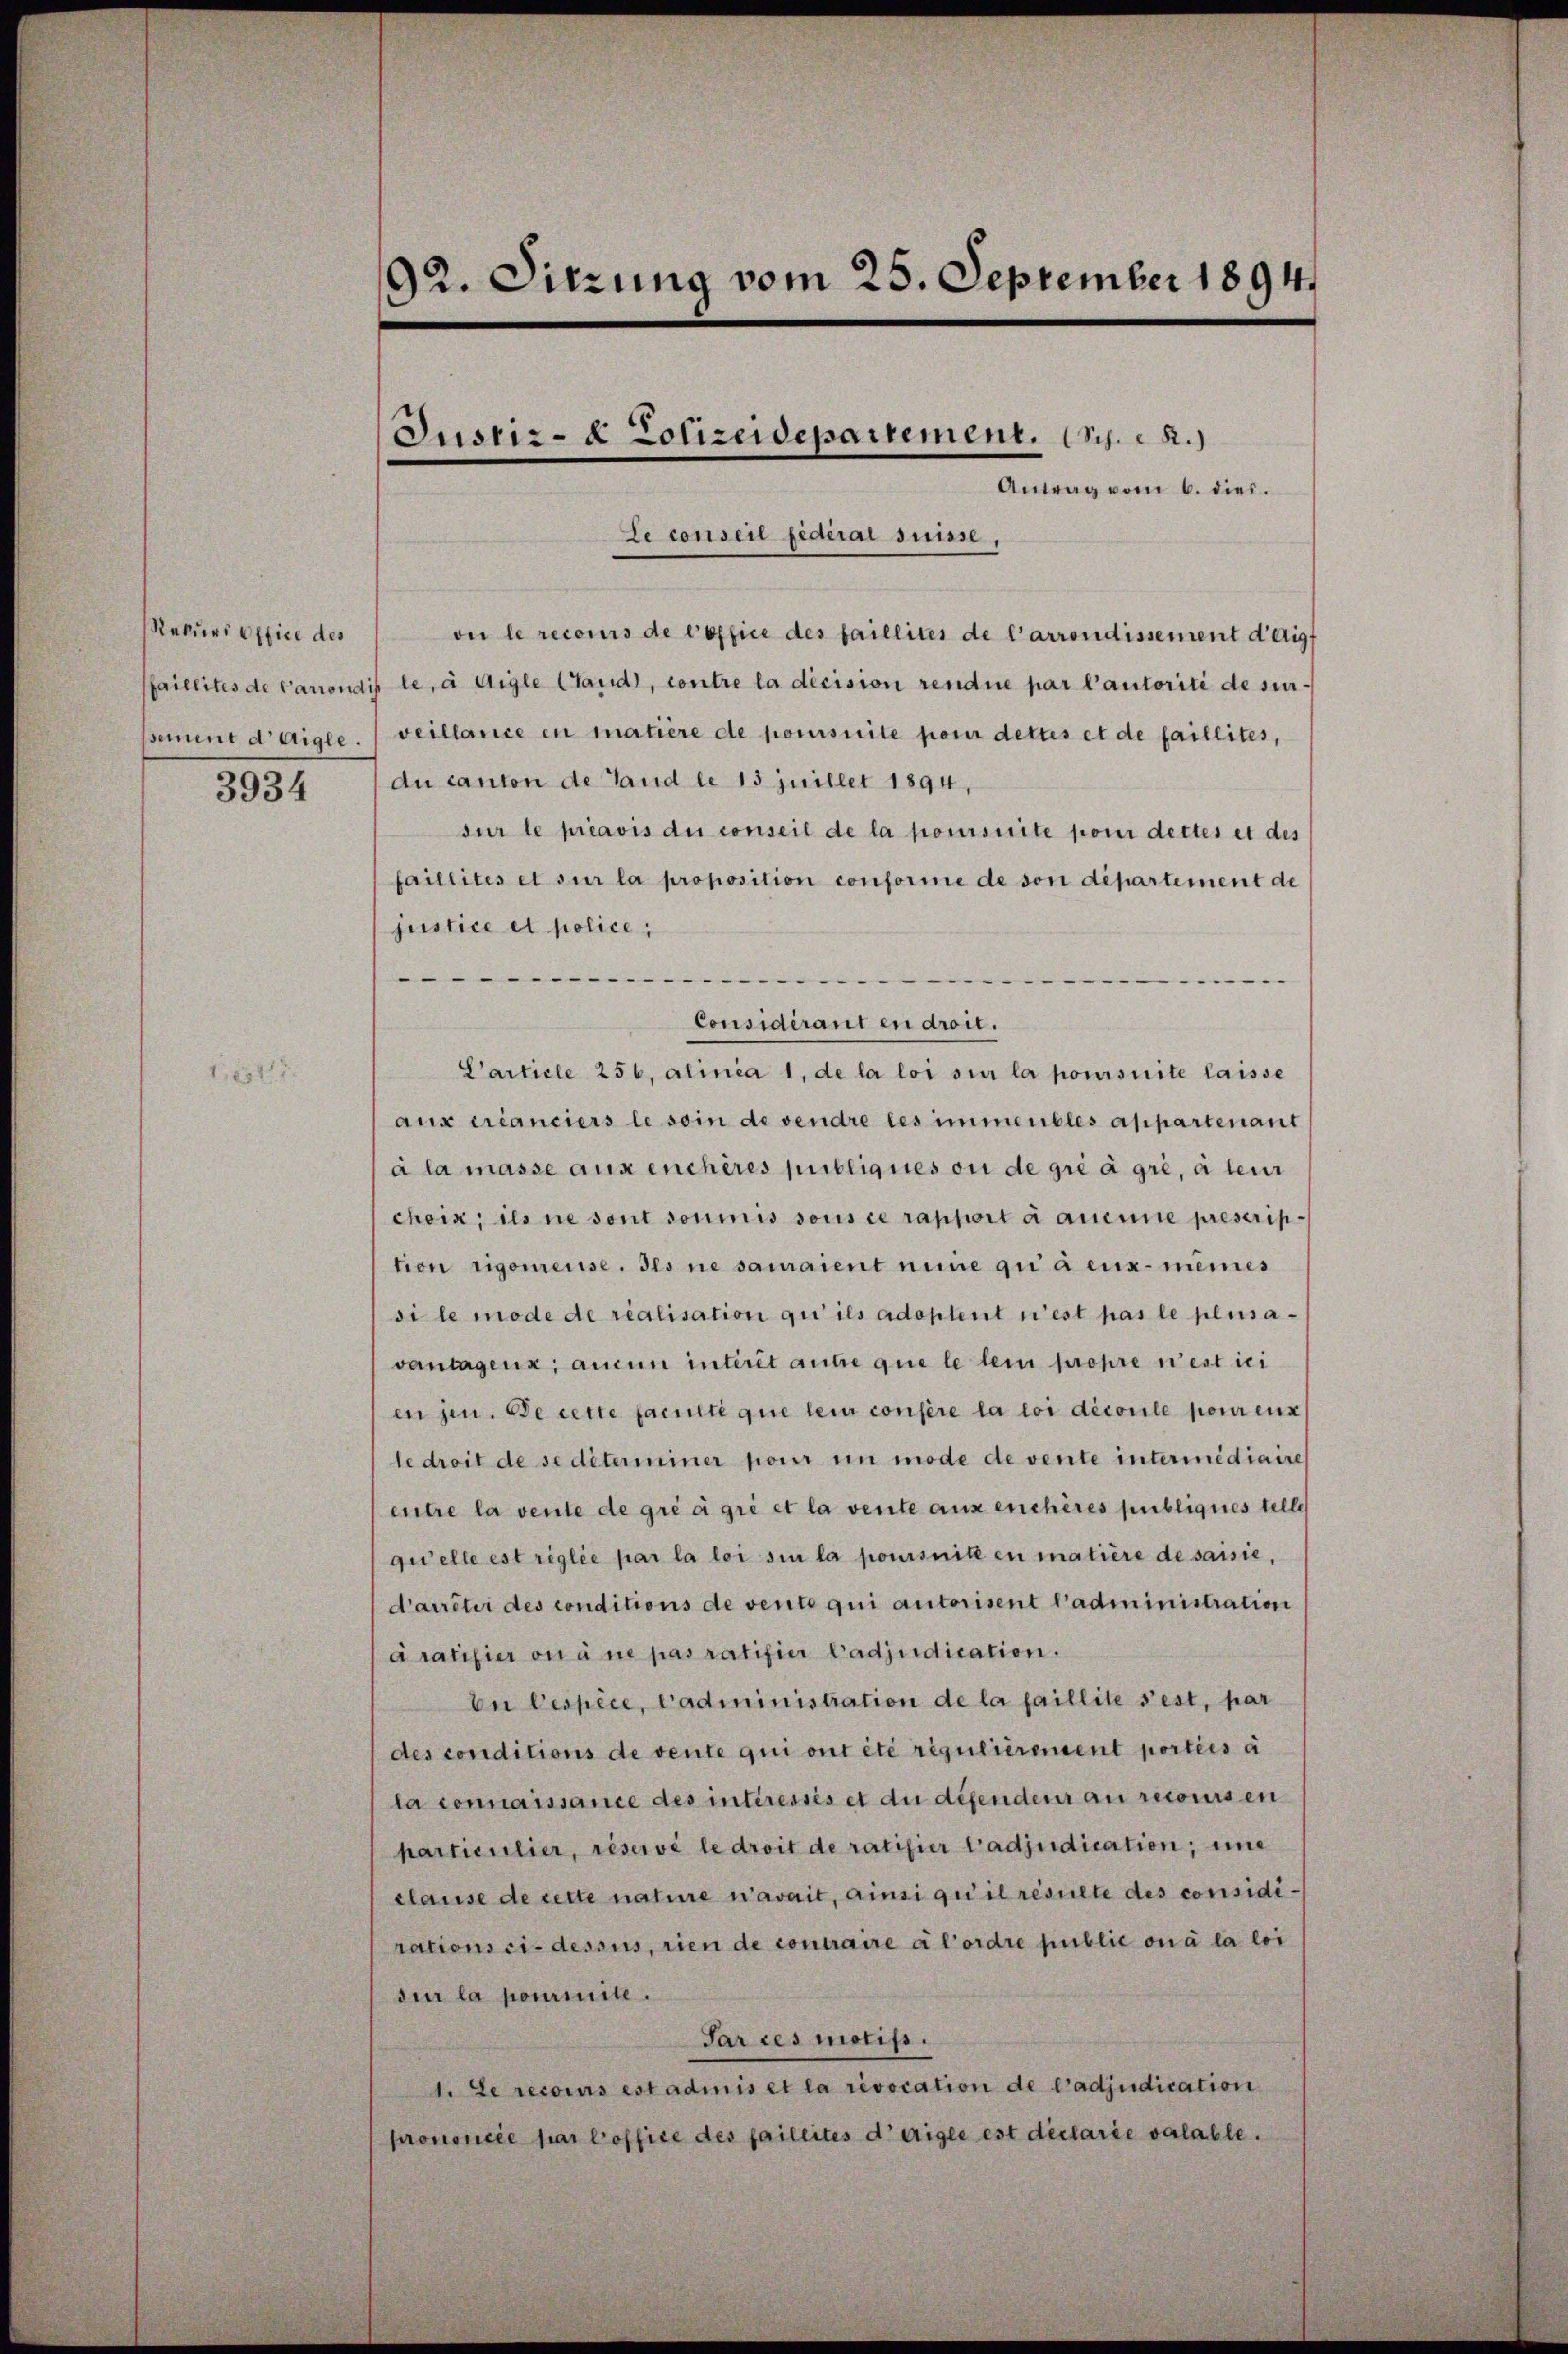
3934

Le conseil Federai suisse,
Rekŭrs office des ou le recours de Copfice des faillites de l’arrondissement d’aigf
faillites de Carrondis le à Aigle Stand, contre la dicision rendue par l’autorité de surpement d’Aigle. (veillance en matière de poursuite pour dettes et de faillites,
du canton de Land le 13 Juillet 1894,
sur le préavis du conseil de la poursuite pour dettes et des
faillites et sur la proposition conforme de von departement de
justice et police,

Considérant en droit.
Particle 256, alinia 1, de la loi sur la poursuite laisse
aux créanciers le soin de vendre les immeubles appartenant
à la masse aux enchères publiques ou degré à gré, à leur
chein; ils ne sont soumis sous ce rapport à aucune prescription rigoureuse. Ils ne samaient mine qui a eux-mêmes
si le mode de realisation qui ils adoptent n’est pas le plusavantagen, aucun interit ause que le lein propre n’est ei
en jun. de cette faculté que lein consere la loi découle pour eux
le droit de se déterminer pour im mode de vente intermidiaire
entre la vente de gré à gré et la vente aux enchères publiques teller
quelle est réglée par la loi si la poursuite en matière de saisie,
d’arrêter des conditions de vente qui autorisent l’administration
Gratifier ou à ne pas ratifier Cadjudication.
be Cespèce, l’administration de la faillite sest, par
des conditions de vente qui ont été régulièrement porties a
la connaissance des intéressés et du défendeur au recoursen
particulier, réservé le droit de ratifier tadjudication, eine
clause de rette nature n’avait, ainsi qui il resulte des considirations ci-dessus, rien de contraire à l’ordre public ou à la loi
sur la pommite.
Sar ces motifs.
1. Le recours estadinis et la revocation de l’adjudication
prononcée par l’office des faillites dirigle est déclarie valable.

92. Sitzung vom 25. September 1894

Justiz- & Polizeidepartement. C. R.)

Antrag vom 6. dies.